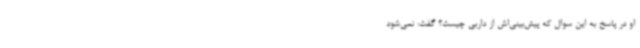
او در پاسخ به این سوال که پیش‌بینی‌اش از داربی چیست؟ گفت: نمی‌شود